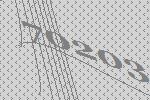
70203